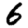
Digit: 6